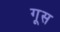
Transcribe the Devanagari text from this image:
गूस